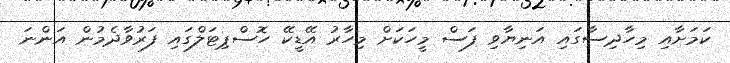
ކަމަށާއި މިހާދިސާގައި އަނިޔާވި ފަސް މީހަކަށް މިހާރު އޭޑީކޭ ހޮސްޕިޓަލްގައި ފަރުވާދެމުން އަންނަ